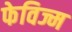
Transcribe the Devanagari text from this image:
फेविज्म